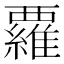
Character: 𮗈